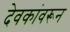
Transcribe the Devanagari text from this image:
देवकांवरून